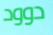
دوود